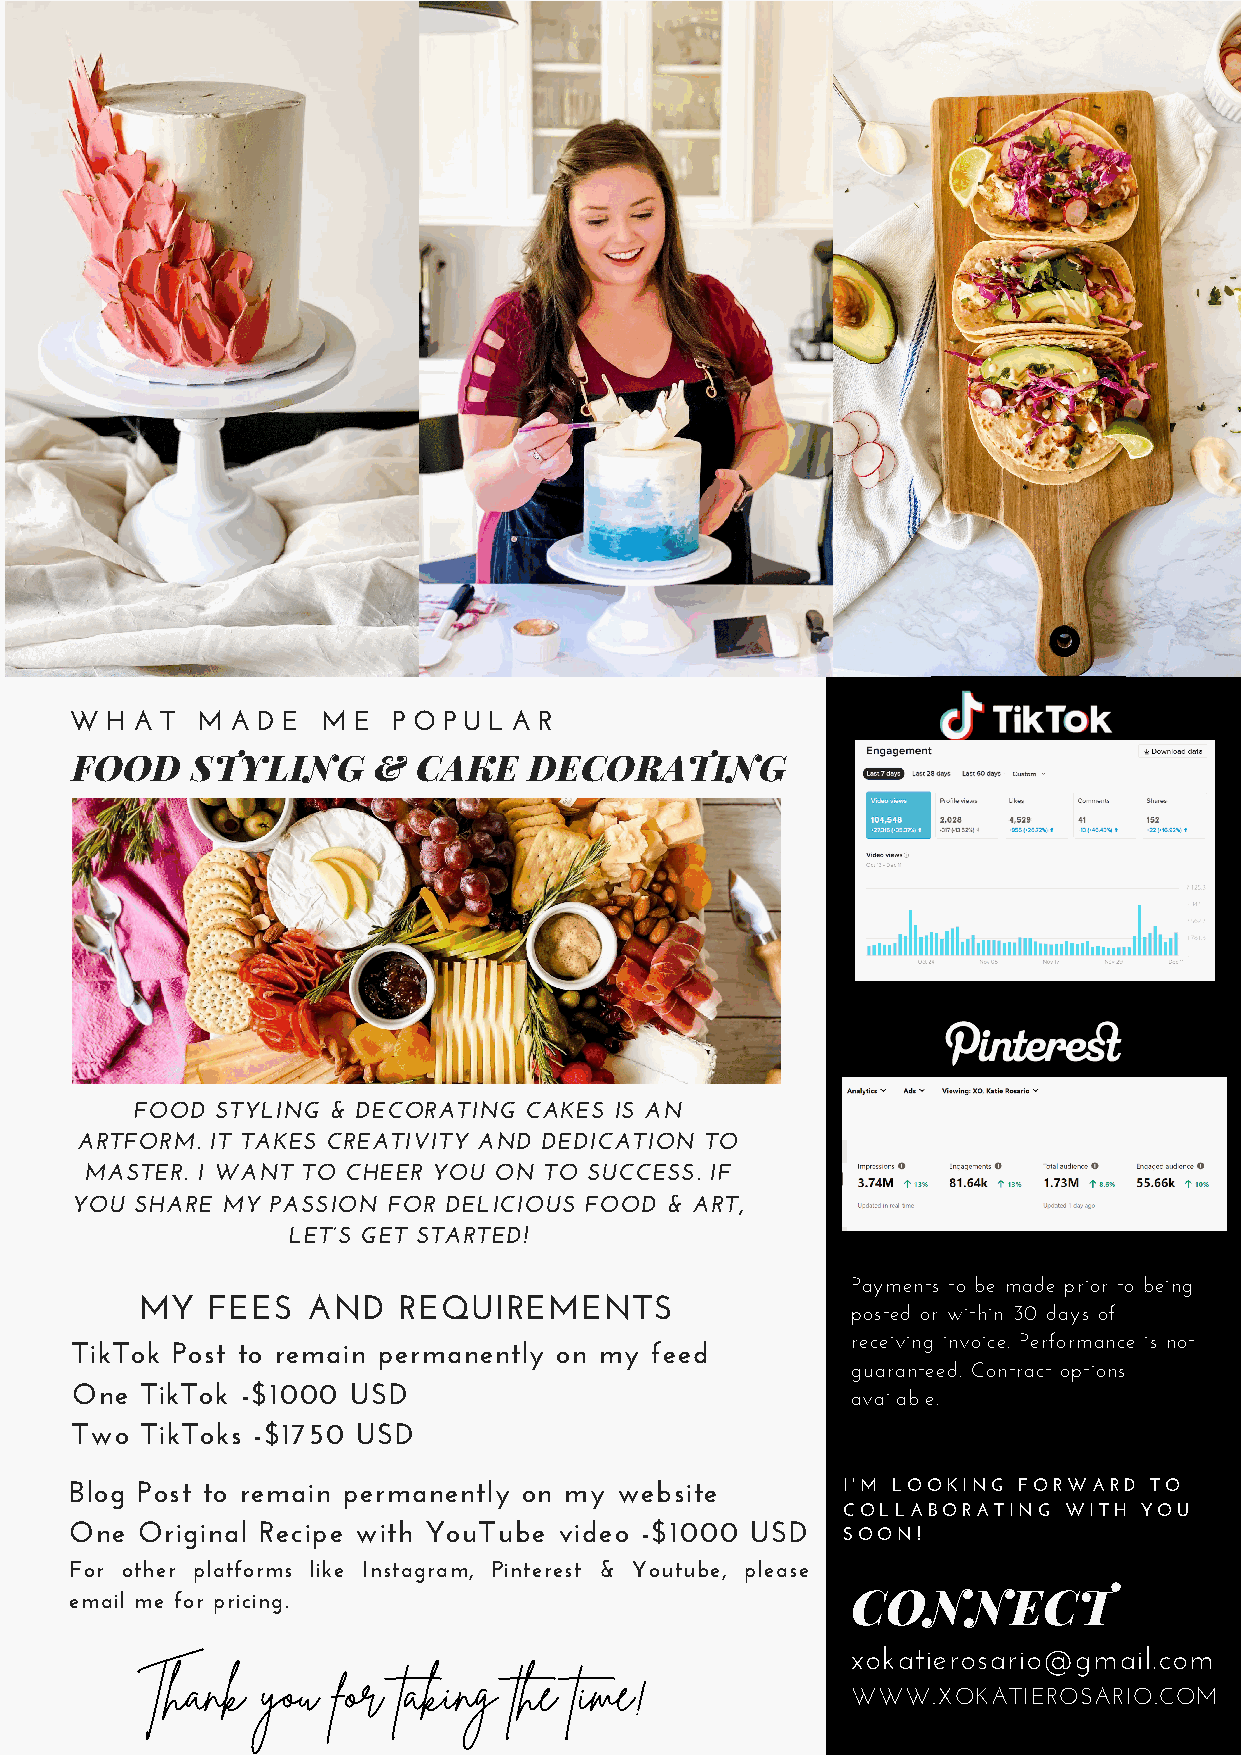
W H A T M A D E M E  P O P U L A R
 FOOD    STYLING     &  CAKE   DECORATING
 FOOD STYLING & DECORATING CAKES IS AN
 ARTFORM. IT TAKES CREATIVITY AND DEDICATION TO
 MASTER. I WANT TO CHEER YOU ON TO SUCCESS. IF
 YOU SHARE MY PASSION FOR DELICIOUS FOOD & ART,
 LET’S GET STARTED!
 Payments to be made prior to being
 MY   FEES  AND   REQUIREMENTS
 posted or within 30 days of
 receiving invoice. Performance is not
 TikTok Post to remain permanently on my feed
 guaranteed. Contract options
 One TikTok -$1000 USD
 available.
 Two TikToks -$1750 USD
 Blog Post to remain permanently on my website      I'M LOOKING FORWARD TO
 COLLABORATING WITH  YOU
 One Original Recipe with YouTube video -$1000 USD  SOON!
 For other platforms like Instagram, Pinterest & Youtube, please
 email me for pricing.                              CONNECT
 xokatierosario@gmail.com
 Thank   you  for taking  the time!
 WWW.XOKATIEROSARIO.COM